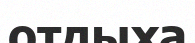
отдыха